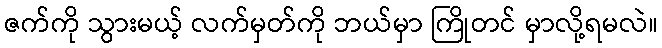
ဇက်ကို သွားမယ့် လက်မှတ်ကို ဘယ်မှာ ကြိုတင် မှာလို့ရမလဲ။